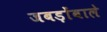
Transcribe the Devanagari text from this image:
जबड़ोंवाले